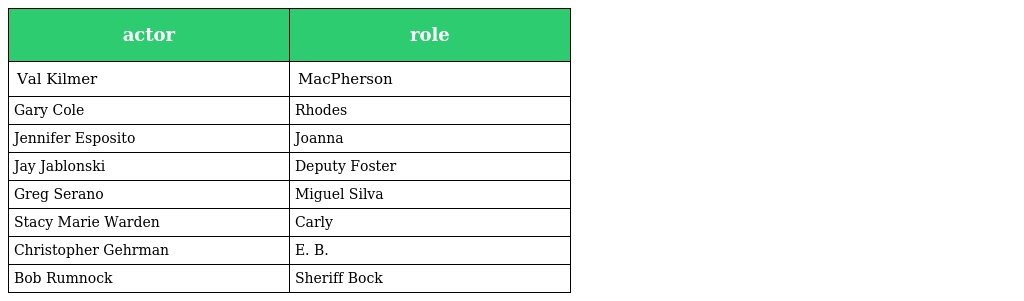
| actor | role |
 | --- | --- |
 | Val Kilmer | MacPherson |
 | Gary Cole | Rhodes |
 | Jennifer Esposito | Joanna |
 | Jay Jablonski | Deputy Foster |
 | Greg Serano | Miguel Silva |
 | Stacy Marie Warden | Carly |
 | Christopher Gehrman | E. B. |
 | Bob Rumnock | Sheriff Bock |